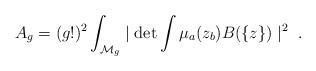
LaTeX: \begin{align*}A_g = (g!)^2 \int_{{\cal M}_g}\mid\det\int \mu_a (z_b) B(\{ z \} )\mid^2\ .\end{align*}